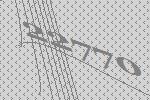
22770